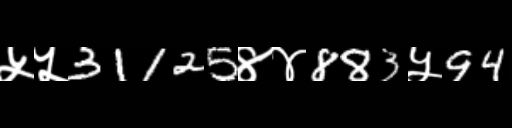
Text: ५५31125४४883५94